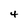
Character: 4